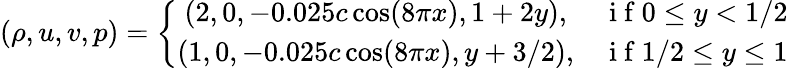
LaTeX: (\rho,u,v,p)=\left\{ \begin{array}{cl}{(2,0,-0.025c\cos(8\pi x),1+2y),}&{\mathrm{~i~f~}0\leq y<1/2}\\ {(1,0,-0.025c\cos(8\pi x),y+3/2),}&{\mathrm{~i~f~}1/2\leq y\leq 1}\end{array}\right.